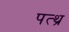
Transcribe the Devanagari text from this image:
पत्थ्र